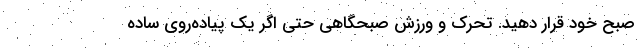
صبح‌ خود قرار دهید. تحرک و ورزش صبحگاهی حتی اگر یک پیاده‌روی ساده